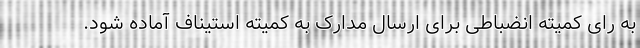
به رای کمیته انضباطی برای ارسال مدارک به کمیته استیناف آماده شود.